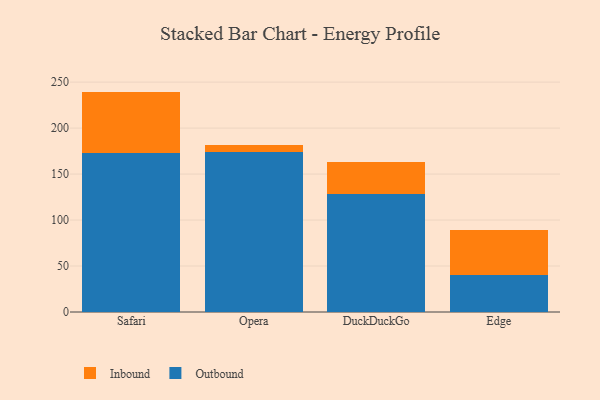
{"axis": {"x": "Browser", "y": "Waste Production (Tons)"}, "legend": ["Inbound", "Outbound"], "data": [{"x": "Safari", "y": 173.2, "type": "Outbound"}, {"x": "Safari", "y": 66.5, "type": "Inbound"}, {"x": "Opera", "y": 174.3, "type": "Outbound"}, {"x": "Opera", "y": 7.7, "type": "Inbound"}, {"x": "DuckDuckGo", "y": 128.1, "type": "Outbound"}, {"x": "DuckDuckGo", "y": 34.9, "type": "Inbound"}, {"x": "Edge", "y": 40.1, "type": "Outbound"}, {"x": "Edge", "y": 48.9, "type": "Inbound"}]}